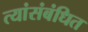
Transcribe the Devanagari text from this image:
त्यांसंबंधित